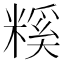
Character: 𥻺